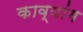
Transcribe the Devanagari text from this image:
काव्यांग